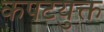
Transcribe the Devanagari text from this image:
कपटयुक्त